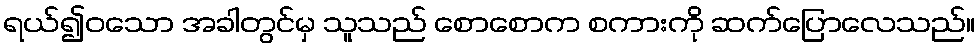
ရယ်၍ဝသော အခါတွင်မှ သူသည် စောစောက စကားကို ဆက်ပြောလေသည်။